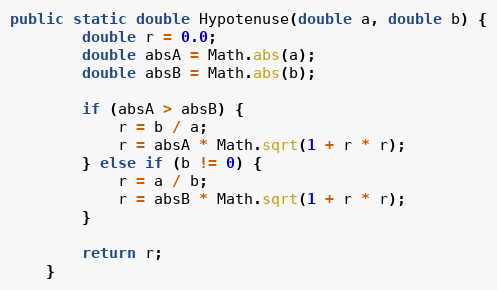
Language: Java
public static double Hypotenuse(double a, double b) {
        double r = 0.0;
        double absA = Math.abs(a);
        double absB = Math.abs(b);

        if (absA > absB) {
            r = b / a;
            r = absA * Math.sqrt(1 + r * r);
        } else if (b != 0) {
            r = a / b;
            r = absB * Math.sqrt(1 + r * r);
        }

        return r;
    }